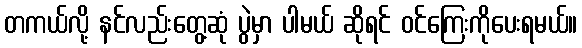
တကယ်လို့ နင်လည်းတွေ့ဆုံ ပွဲမှာ ပါမယ် ဆိုရင် ဝင်ကြေးကိုပေးရမယ်။